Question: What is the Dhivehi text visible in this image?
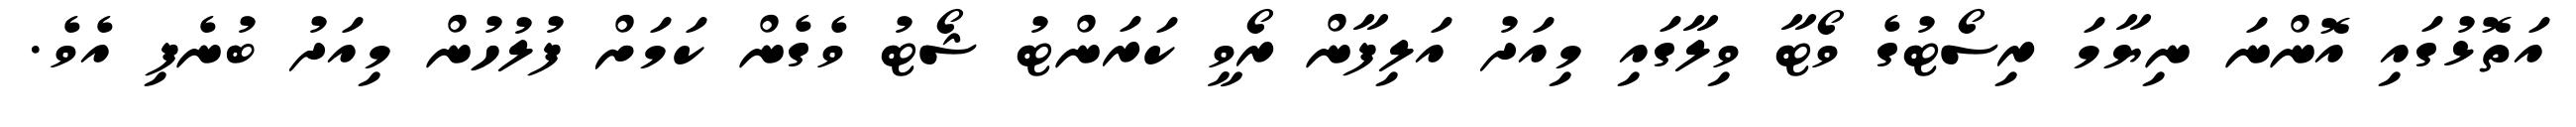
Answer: އަތޮޅުގައި އޮންނަ ނިޔާމަ ރިސޯޓުގެ ވޯޓާ ވިލާގައި މިއަދު އަލިފާން ރޯވީ ކަރަންޓު ޝޯޓު ވެގެން ކަމަށް ފުލުހުން މިއަދު ބުނެފި އެވެ.